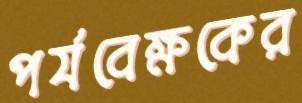
পর্যবেক্ষকের